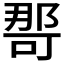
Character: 𭉒